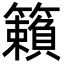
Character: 籟